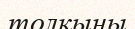
толқыны